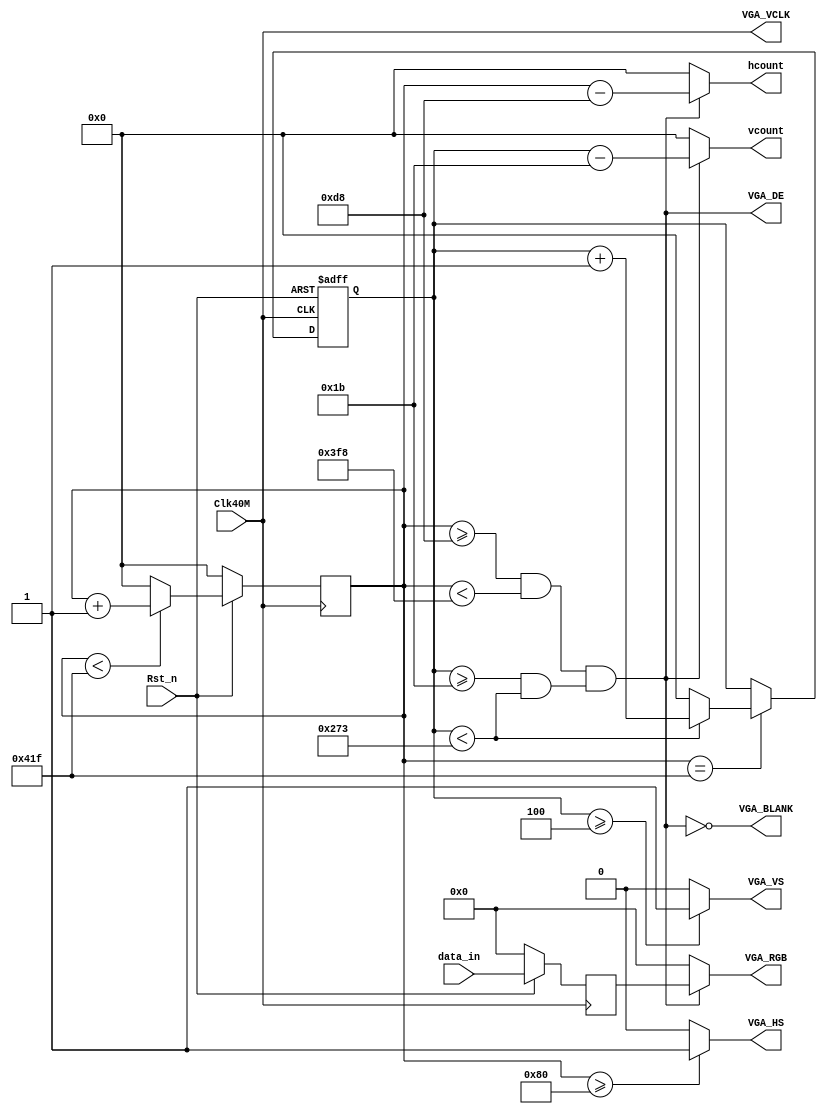
/*============================================================================
*
*  LOGIC CORE:          TFT		
*  MODULE NAME:         VGA_CTRL()
*  COMPANY:             
*                       http://xiaomeige.taobao.com
*	author:					
*	author QQ Group472607506
*  REVISION HISTORY:  
*
*    Revision 1.0  01/01/2016     Description: Initial Release.
*
*  FUNCTIONAL DESCRIPTION:
===========================================================================*/

module VGA_CTRL (
	Clk40M,		//40MHZ
	Rst_n,		//
	data_in,	//
	hcount,		//TFT
	vcount,		//TFT
	VGA_RGB,	//TFT
	VGA_HS,		//TFT
	VGA_VS,		//TFT
	VGA_BLANK,
	VGA_VCLK,
	VGA_DE
	//Error
);
	

`define RED      16'hf800
`define GREEN    16'h07e0
`define BLUE     16'h001f
`define WHITE    16'hffff
`define BLACK    16'h0000
`define YELLOW   16'hffe0
`define CYAN     16'hf81f
`define ROYAL    16'h07ff
`define PINK     16'hfe19

	
	//--------------------------------
	input  Clk40M;			//40MHZ
	input  Rst_n;
	input  [15:0]data_in;	//

	//--------------------------------
	output [11:0]hcount;
	output [11:0]vcount;
	output [15:0]VGA_RGB;	//TFT
	output VGA_HS;			//TFT
	output VGA_VS;			//TFT
	output VGA_BLANK;
	output VGA_DE;
	output VGA_VCLK;
	//output reg Error;

	//--------------------------------
	reg [15:0] data_buff;		//
	reg [11:0] hcount_r;		//TFT
	reg [11:0] vcount_r;		//TFT
	//--------------------------------
	wire hcount_ov;		//1
	wire vcount_ov;		//1
	wire VGA_DE;		//

	//VGA
	parameter	VGA_HS_end = 12'd128,
				hdat_begin = 12'd216,
				hdat_end = 12'd1016,
				hpixel_end = 12'd1056,
				VGA_VS_end = 12'd4,
				vdat_begin = 12'd27,
				vdat_end = 12'd627,
				vline_end = 12'd628;

	assign hcount = VGA_DE ? ( hcount_r - hdat_begin ) : 12'd0;
	assign vcount = VGA_DE ? ( vcount_r - vdat_begin ) : 12'd0;
	
	assign VGA_BLANK = ~VGA_DE;
	assign VGA_VCLK = Clk40M;
	

	//**********************VGA**********************
	
	//
	always @( posedge Clk40M /*or negedge Rst_n*/ ) begin
		if ( ~Rst_n ) begin
			data_buff <= 16'b0;
		end else begin
			data_buff <= data_in;
		end
	end
	
	//
	always @( posedge Clk40M /*or negedge Rst_n*/ ) begin
		if ( ~Rst_n ) begin
			hcount_r <= 12'd0;
		end else begin
			if ( hcount_r < hpixel_end - 1 ) begin
				hcount_r <= hcount_r + 1'b1;
			end else begin
				hcount_r <= 12'd0;
			end
		end
	end

	assign hcount_ov = ( hcount_r == hpixel_end - 1 );

	//
	always @( posedge Clk40M or negedge Rst_n ) begin
		if ( ~Rst_n ) begin
			vcount_r <= 12'd0;
		end else begin
			if ( hcount_ov ) begin
				if ( vcount_r < vline_end - 1 ) begin
					vcount_r <= vcount_r + 1'b1;
				end else begin
					vcount_r <= 12'd0;
				end
			end else begin
				vcount_r <= vcount_r;
			end
		end
	end
		
	assign 	vcount_ov = ( vcount_r == vline_end - 1 );

	//
	assign VGA_DE = ( ( hcount_r >= hdat_begin ) && ( hcount_r < hdat_end ) )
					&& ( ( vcount_r >= vdat_begin ) && ( vcount_r < vdat_end ) );
					
	assign VGA_HS = ( hcount_r >= VGA_HS_end ) ? 1'b1 : 1'b0;
	assign VGA_VS = ( vcount_r >= VGA_VS_end ) ? 1'b1 : 1'b0;
	assign VGA_RGB = VGA_DE ? data_buff : 16'b0;



endmodule